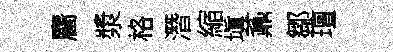
麕漿格潛縮塡鼒鄒璮